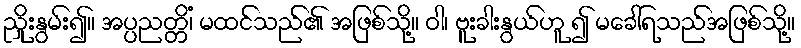
ညှိုးနွမ်း၍။ အပ္ပညတ္တိံ၊ မထင်သည်၏ အဖြစ်သို့။ ဝါ၊ ဗူးခါးနွယ်ဟူ ၍ မခေါ်ရသည်အဖြစ်သို့။